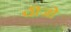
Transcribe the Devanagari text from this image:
पीजो